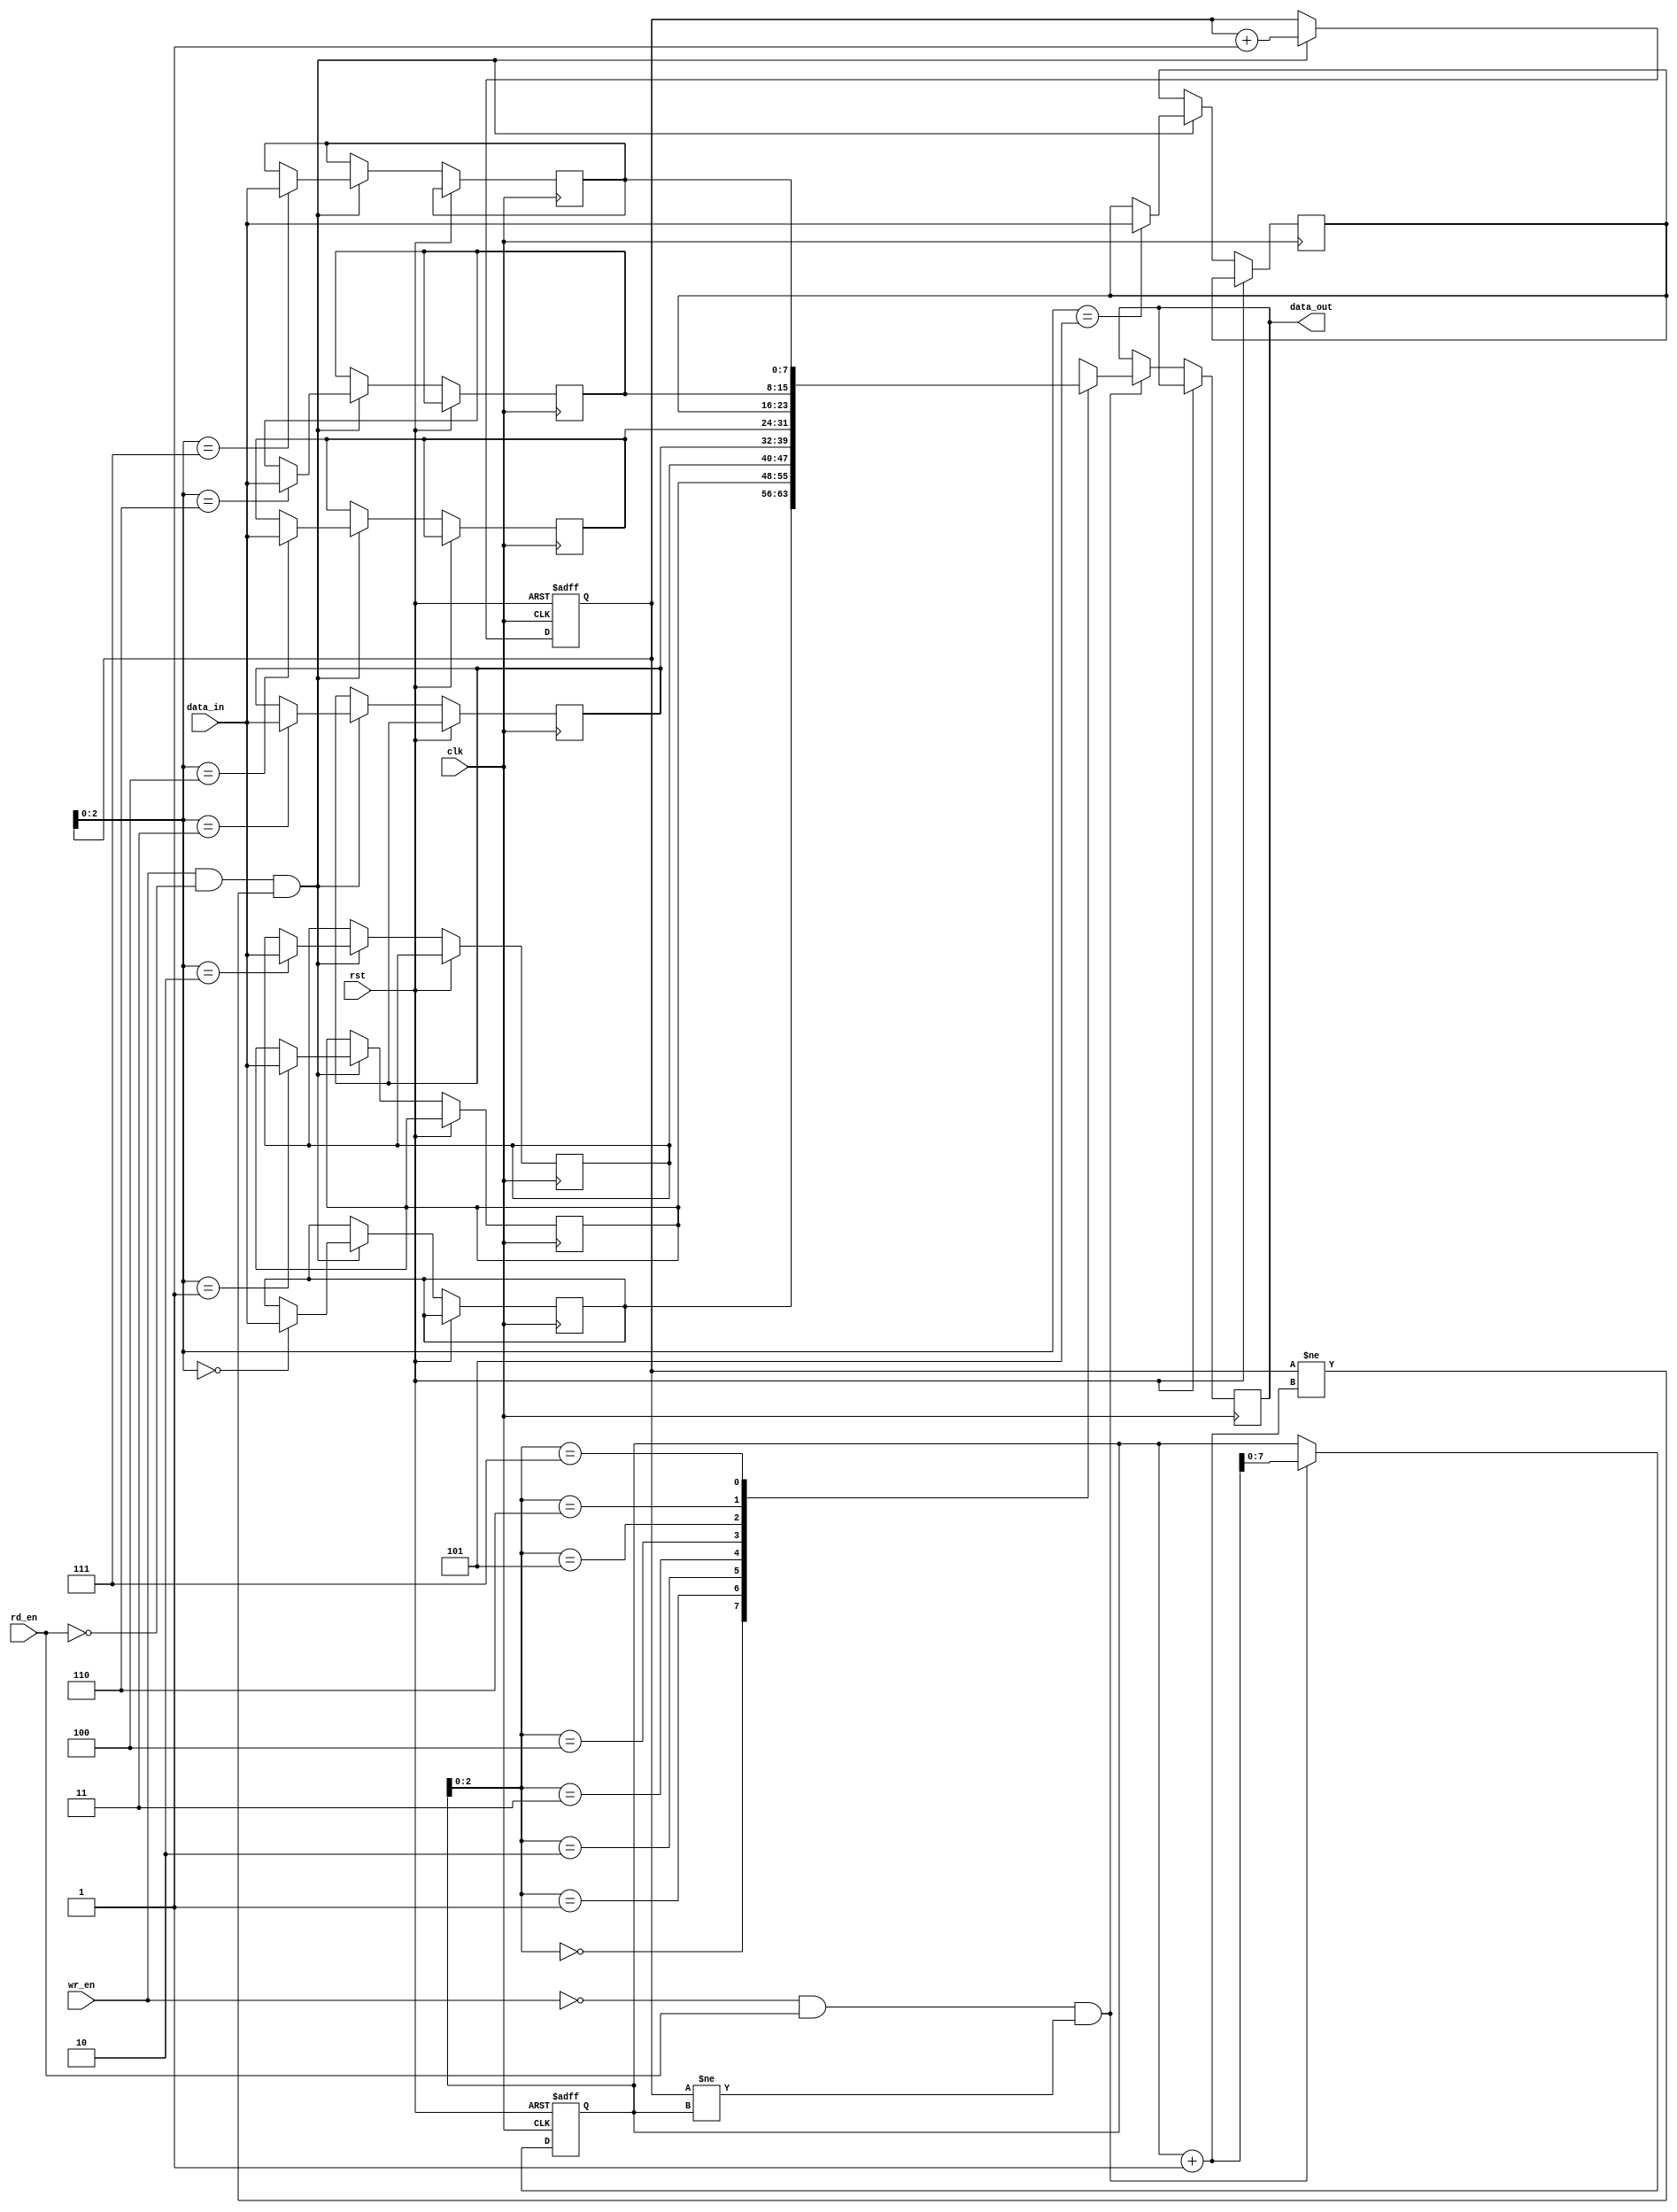
module Last_Word_Fall_Through_FIFO (
    input wire clk,
    input wire rst,
    input wire wr_en,
    input wire rd_en,
    input wire [DATA_WIDTH-1:0] data_in,
    output reg [DATA_WIDTH-1:0] data_out
);

parameter DEPTH = 8;
parameter DATA_WIDTH = 8;

reg [DATA_WIDTH-1:0] memory [0:DEPTH-1];
reg [DEPTH-1:0] wr_ptr, rd_ptr;

always @(posedge clk or posedge rst) begin
    if (rst) begin
        wr_ptr <= 0;
        rd_ptr <= 0;
    end else begin
        if (wr_en && ~rd_en && (wr_ptr != rd_ptr + 1)) begin
            memory[wr_ptr] <= data_in;
            wr_ptr <= wr_ptr + 1;
        end
        if (~wr_en && rd_en && (wr_ptr != rd_ptr)) begin
            data_out <= memory[rd_ptr];
            rd_ptr <= rd_ptr + 1;
        end
    end
end

endmodule